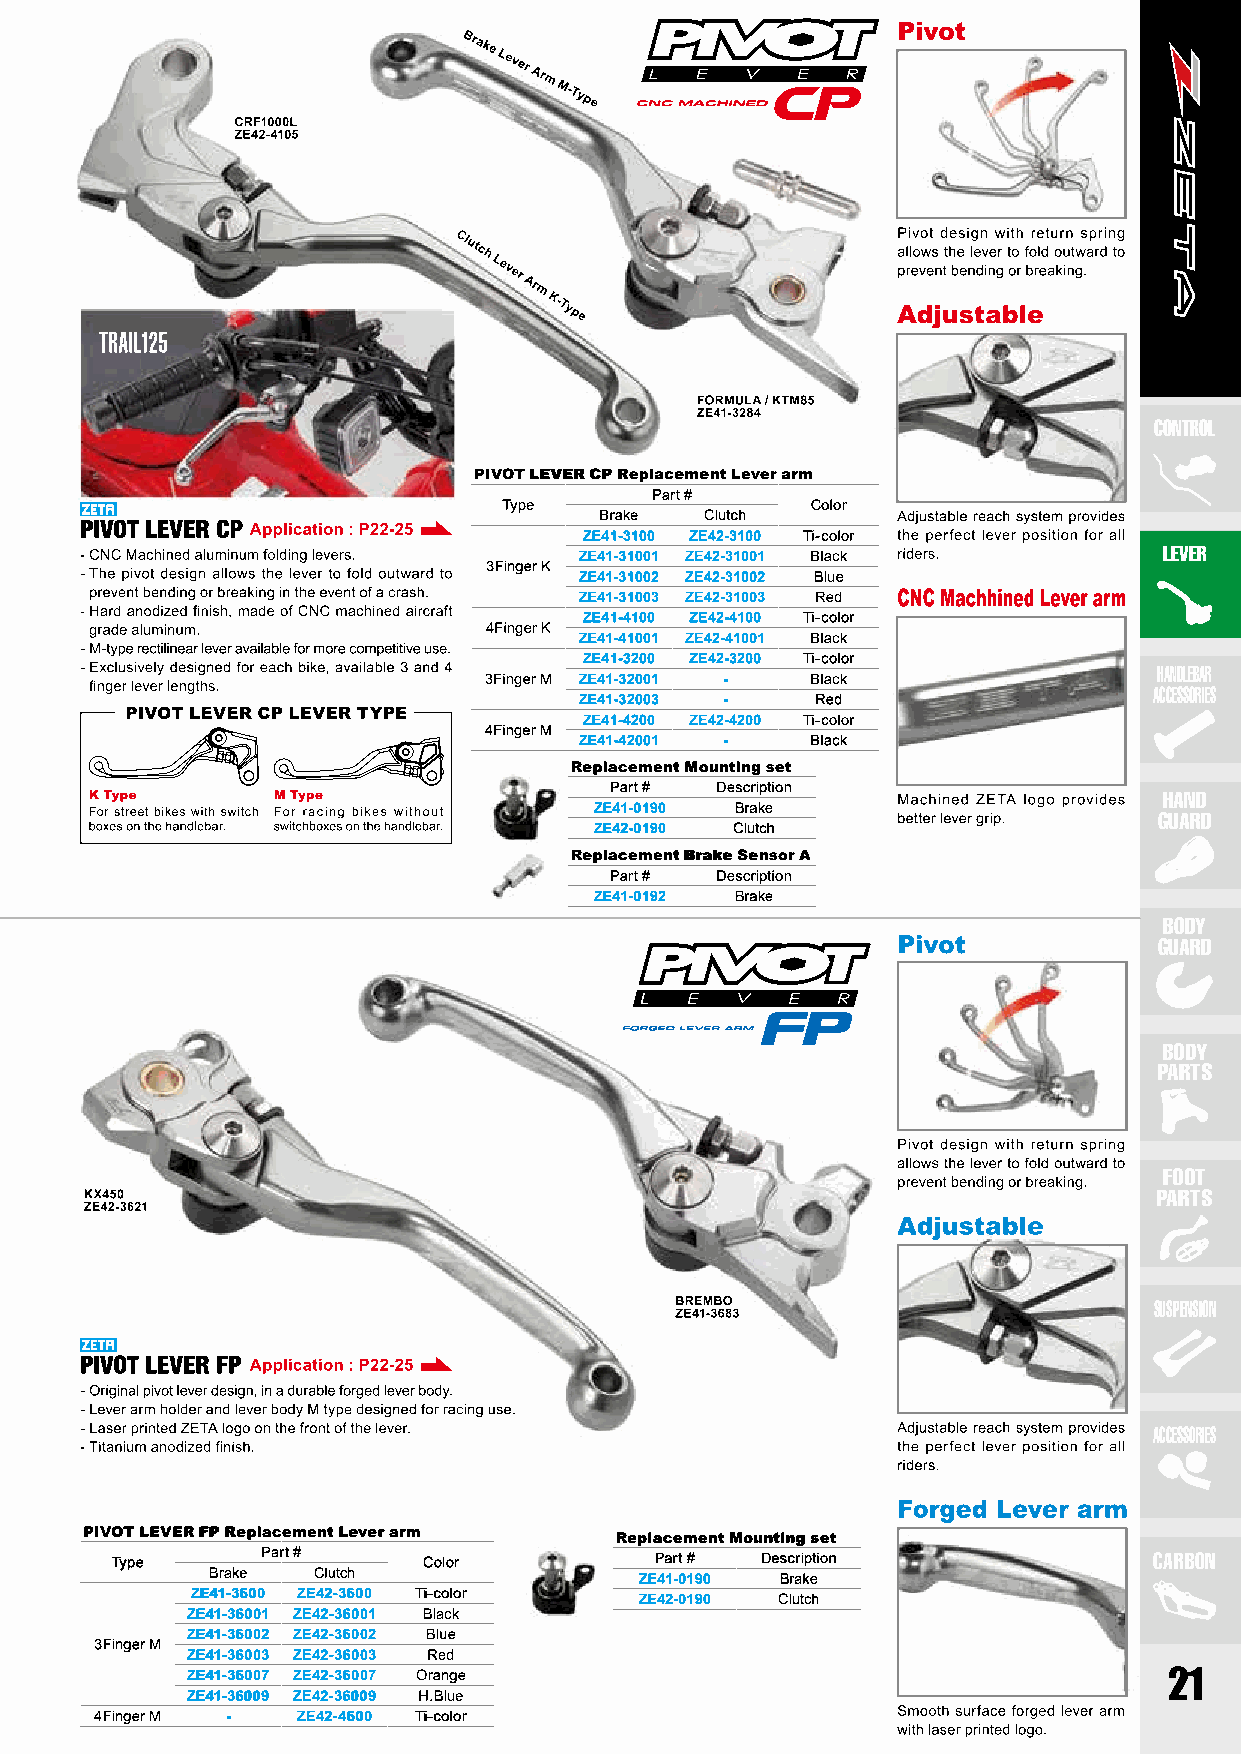
CONTROL
 PIVOT LEVER CP Replacement Lever arm
 Part #
 Type                 Color
 Brake  Clutch
 ZE41-3100 ZE42-3100 Ti-color
 ZE41-31001 ZE42-31001 Black            LEVER
 3Finger K
 ZE41-31002 ZE42-31002 Blue
 ZE41-31003 ZE42-31003 Red
 ZE41-4100 ZE42-4100 Ti-color
 4Finger K
 ZE41-41001 ZE42-41001 Black
 ZE41-3200 ZE42-3200 Ti-color
 HANDLEBAR
 3Finger M ZE41-32001 - Black
 ACCESSORIES
 ZE41-32003 -    Red
 ZE41-4200 ZE42-4200 Ti-color
 4Finger M
 ZE41-42001 -    Black
 Replacement Mounting set
 Part # Description
 HAND
 ZE41-0190 Brake
 GUARD
 ZE42-0190 Clutch
 Replacement Brake Sensor A
 Part # Description
 ZE41-0192 Brake
 BODY
 GUARD
 BODY
 PARTS
 FOOT
 PARTS
 SUSPENSION
 ACCESSORIES
 PIVOT LEVER FP Replacement Lever arm Replacement Mounting set
 Type      Part #     Color          Part # Description               CARBON
 Brake  Clutch               ZE41-0190 Brake
 ZE41-3600 ZE42-3600 Ti-color ZE42-0190 Clutch
 ZE41-36001 ZE42-36001 Black
 ZE41-36002 ZE42-36002 Blue
 3Finger M
 ZE41-36003 ZE42-36003 Red
 ZE41-36007 ZE42-36007 Orange                                     21
 ZE41-36009 ZE42-36009 H.Blue
 4Finger M -   ZE42-4600 Ti-color